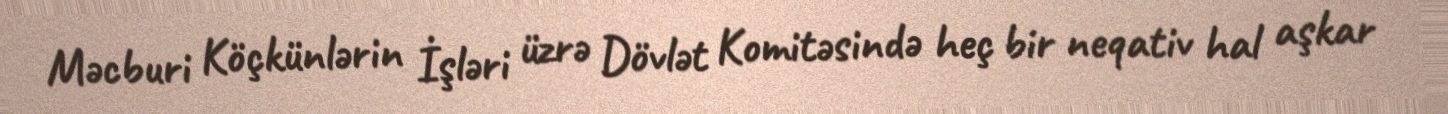
Məcburi Köçkünlərin İşləri üzrə Dövlət Komitəsində heç bir neqativ hal aşkar